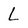
Character: L